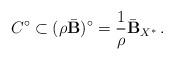
LaTeX: \begin{align*}C^\circ \subset (\rho \bar {\mbox{\bf B}})^\circ = \frac 1 \rho \bar {\mbox{\bf B}}_{X^*} \, .\end{align*}